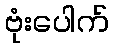
ဗုံးပေါက်